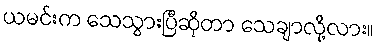
ယမင်းက သေသွားပြီဆိုတာ သေချာလို့လား။